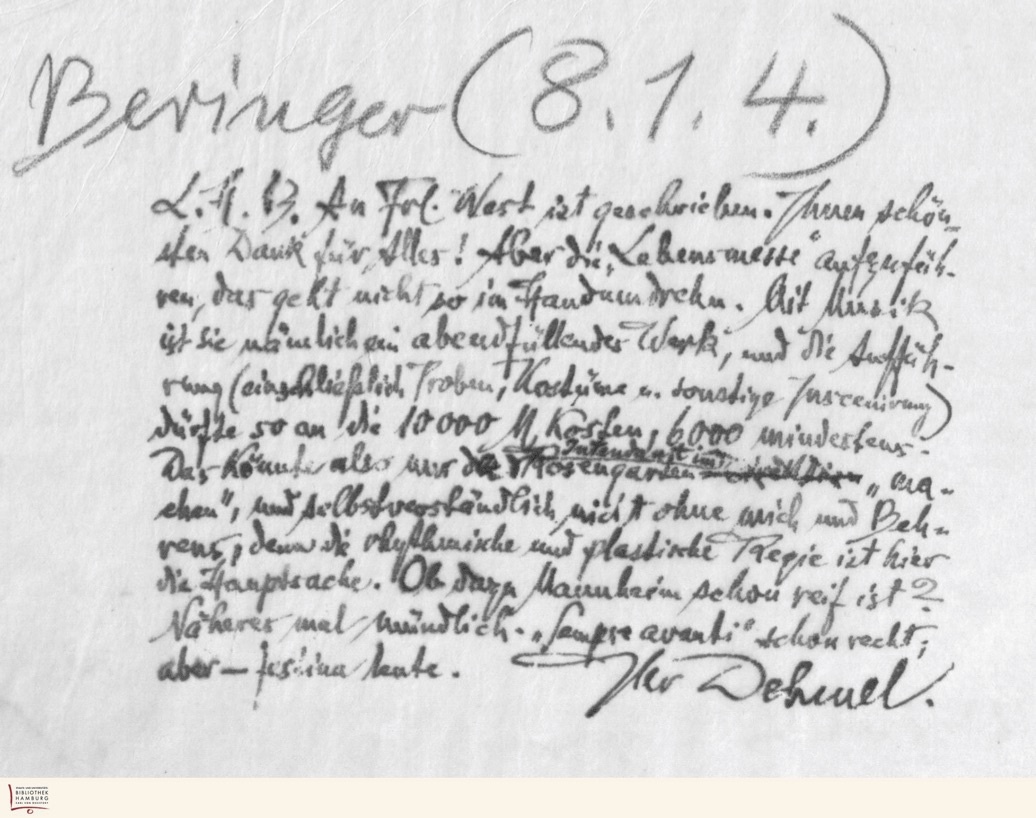
Beringer (8.1.4.)
L.H.B. An Frl. Wast ist geschrieben. Ihnen schön-
sten Dank für Alles! Aber die "Lebensmesse" aufzufüh-
ren, das geht nicht so im Handumdrehn. Mit Musik
ist sie nämlich ein abendfüllendes Werk, und die Auffüh-
rung (einschließlich Proben, Kostüme u. sonstige Inscenirung)
dürfte so an die 10000 M kosten, 6000 mindestens.
Das könnte also nur der Intendant im Rosengarten "ma-
chen", und selbstverständlich nicht ohne mich und Beh-
rens, denn die rhythmische und plastische Regie ist hier
die Hauptsache. Ob dazu Mannheim schon reif ist?
Näheres mal mündlich. "Sempre avanti" schon recht;
aber - festina lente.
Ihr Dehmel.